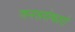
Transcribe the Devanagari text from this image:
जनसरोकारों